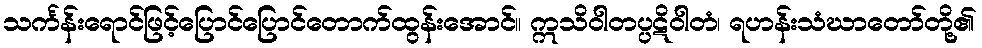
သင်္ကန်းရောင်ဖြင့်ပြောင်ပြောင်တောက်ထွန်းအောင်။ ဣသိဝါတပ္ပဋိဝါတံ၊ ရဟန်းသံဃာတော်တို့၏